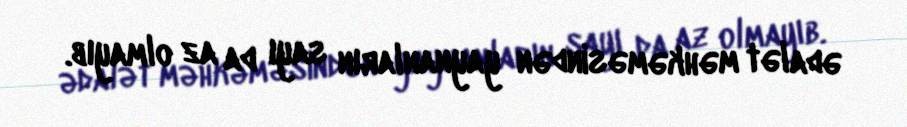
ədalət məhkəməsindən yaynanların sayı da az olmayıb.